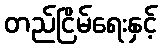
တည်ငြိမ်ရေးနှင့်